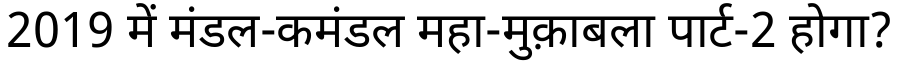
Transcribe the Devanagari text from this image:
2019 में मंडल-कमंडल महा-मुक़ाबला पार्ट-2 होगा?